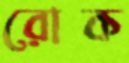
রোক